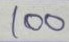
100